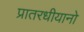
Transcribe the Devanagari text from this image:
प्रातरधीयानो